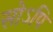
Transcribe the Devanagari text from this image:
सोऽपि